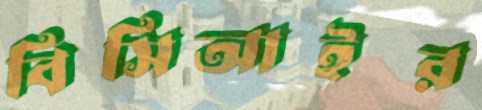
বিসিআইর